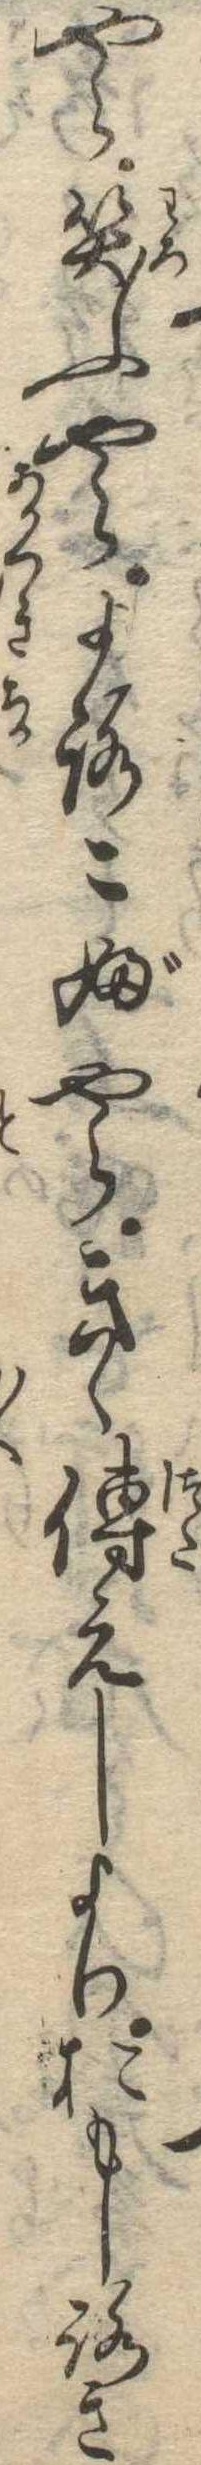
やら笑ふやらよろこぶやらきゝ伝えしよりおもしろき